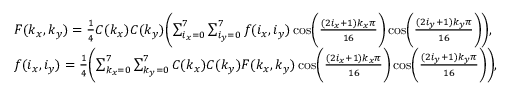
\begin{array} { r l } & { F ( k _ { x } , k _ { y } ) = \frac { 1 } { 4 } C ( k _ { x } ) C ( k _ { y } ) \biggl ( \sum _ { i _ { x } = 0 } ^ { 7 } \sum _ { i _ { y } = 0 } ^ { 7 } f ( i _ { x } , i _ { y } ) \cos \biggl ( \frac { ( 2 i _ { x } + 1 ) k _ { x } \pi } { 1 6 } \biggr ) \cos \biggl ( \frac { ( 2 i _ { y } + 1 ) k _ { y } \pi } { 1 6 } \biggr ) \biggr ) , } \\ & { f ( i _ { x } , i _ { y } ) = \frac { 1 } { 4 } \biggl ( \sum _ { k _ { x } = 0 } ^ { 7 } \sum _ { k _ { y } = 0 } ^ { 7 } C ( k _ { x } ) C ( k _ { y } ) F ( k _ { x } , k _ { y } ) \cos \biggl ( \frac { ( 2 i _ { x } + 1 ) k _ { x } \pi } { 1 6 } \biggr ) \cos \biggl ( \frac { ( 2 i _ { y } + 1 ) k _ { y } \pi } { 1 6 } \biggr ) \biggr ) , } \end{array}